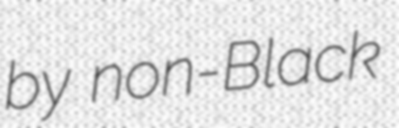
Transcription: by non-Black